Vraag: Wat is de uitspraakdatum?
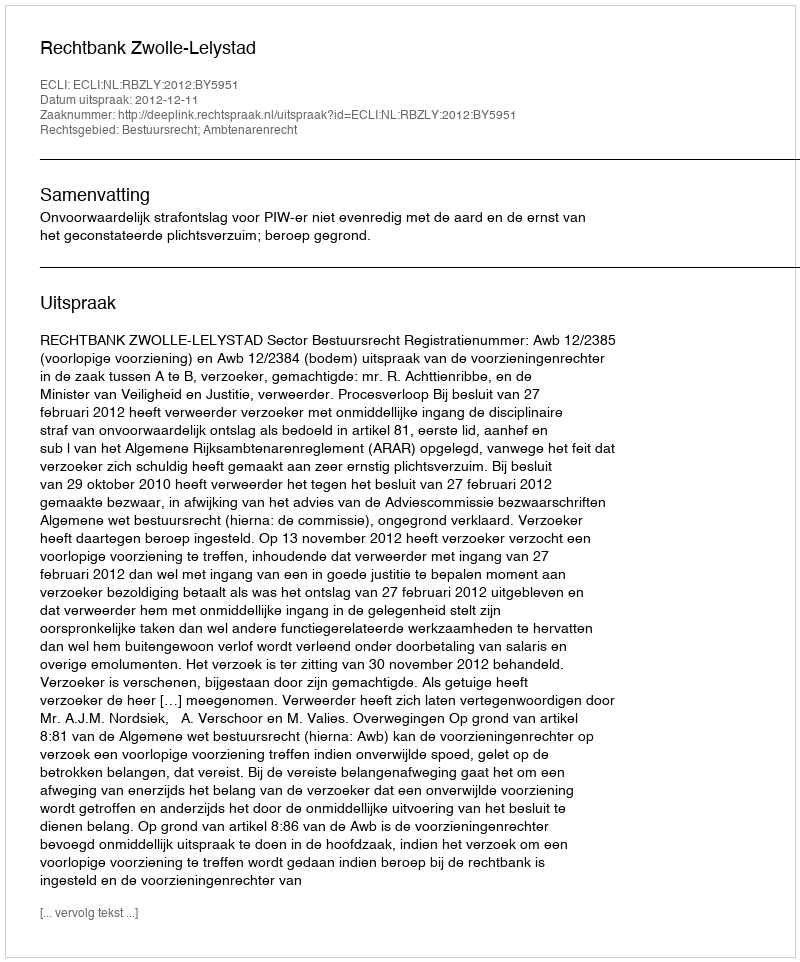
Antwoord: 2012-12-11